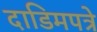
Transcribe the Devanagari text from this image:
दाडिमपत्रे